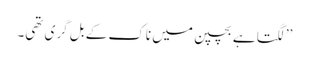
’’لگتا ہے بچپن میں ناک کے بل گری تھی۔